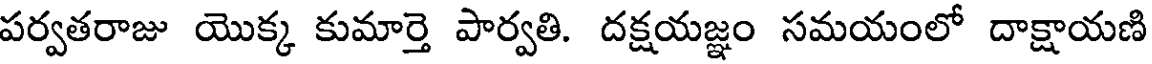
పర్వతరాజు యొక్క కుమార్తె పార్వతి. దక్షయజ్ఞం సమయంలో దాక్షాయణి